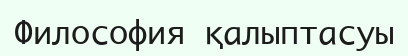
Философия қалыптасуы